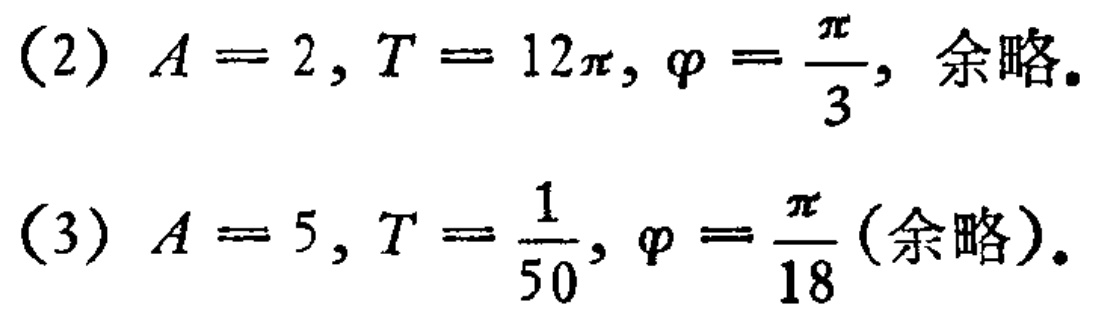
(2) \(A = 2, T = 12\pi, \varphi=\frac{\pi}{3},\) 余略。

(3) \(A = 5, T=\frac{1}{50}, \varphi=\frac{\pi}{18}\) (余略)。